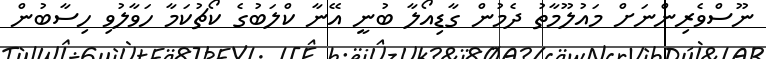
ނޫސްވެރިންނަށް މައުލޫމާތު ދެމުން ގާޑިއޯލާ ބުނީ އޭނާ ކްލަބުގެ ކޯޗުކަމާ ހަވާލުވި ހިސާބުން